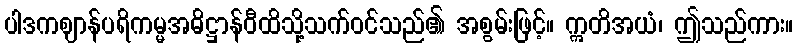
ပါဒကဈာန်ပရိကမ္မအဓိဋ္ဌာန်ဝီထိသို့သက်ဝင်သည်၏ အစွမ်းဖြင့်။ ဣတိအယံ၊ ဤသည်ကား။